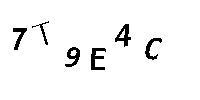
7T9E4C